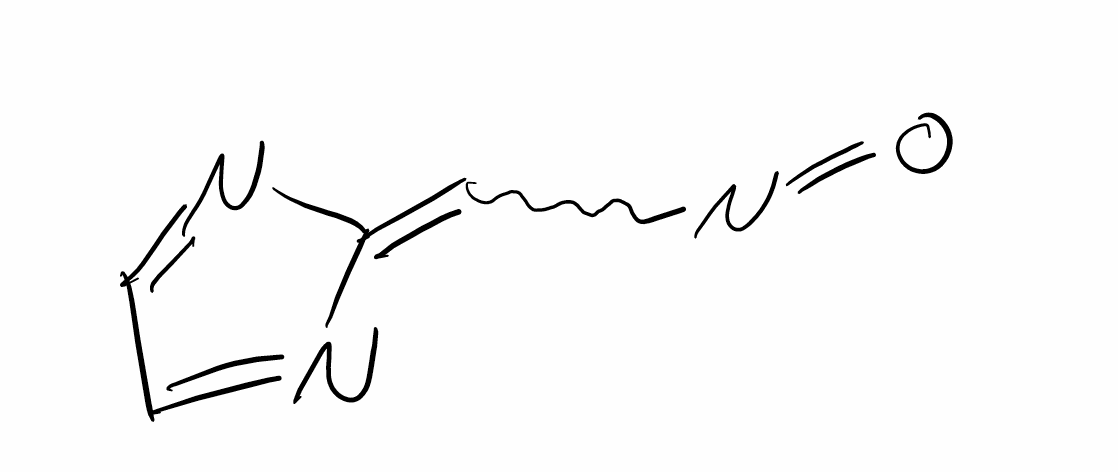
Simplified molecular-input line-entry system (SMILES) notation of the given molecule:
C1=NC(=CN=O)N=C1